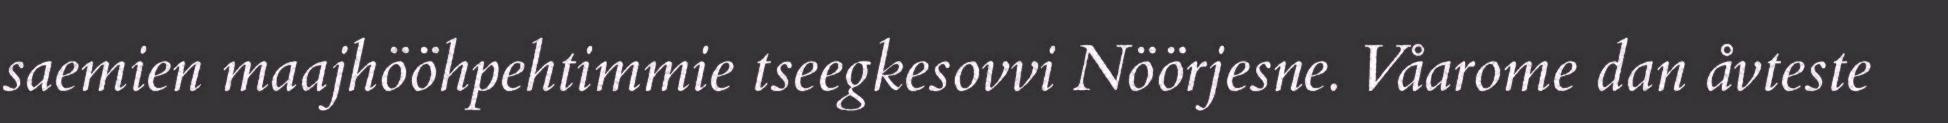
saemien maajhööhpehtimmie tseegkesovvi Nöörjesne. Våarome dan åvteste